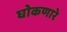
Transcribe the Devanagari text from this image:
घोकणारे